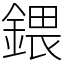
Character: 鍡